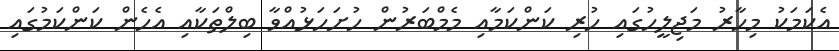
އެކަމަކު މިހާރު މަޖިލީހުގައި ހުރި ކަންކަމާއި މެމްބަރުން ހުށަހަޅުއްވާ ބިލްތަކާއި އެހެން ކަންކަމުގައި